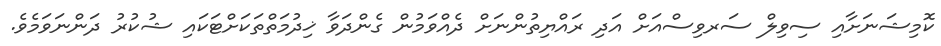
ކޮމިޝަނަށާއި ސިވިލް ސަރވިސްއަށް އަދި ރައްޔިތުންނަށް ދެއްވަމުން ގެންދަވާ ޚިދުމަތްތަކަށްޓަކައި ޝުކުރު ދަންނަވަމެވެ.